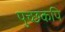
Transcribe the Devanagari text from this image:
पुच्छकपि